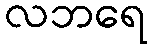
လဘရေ